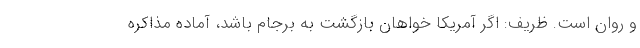
و روان است. ظریف: اگر آمریکا خواهان بازگشت به برجام باشد، آماده مذاکره